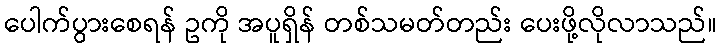
ပေါက်ပွားစေရန် ဥကို အပူရှိန် တစ်သမတ်တည်း ပေးဖို့လိုလာသည်။